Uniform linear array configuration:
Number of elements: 8
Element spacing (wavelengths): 0.75
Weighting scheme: hamming
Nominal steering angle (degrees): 60
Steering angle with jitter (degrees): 61.795
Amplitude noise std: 0.05
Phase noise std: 0.05

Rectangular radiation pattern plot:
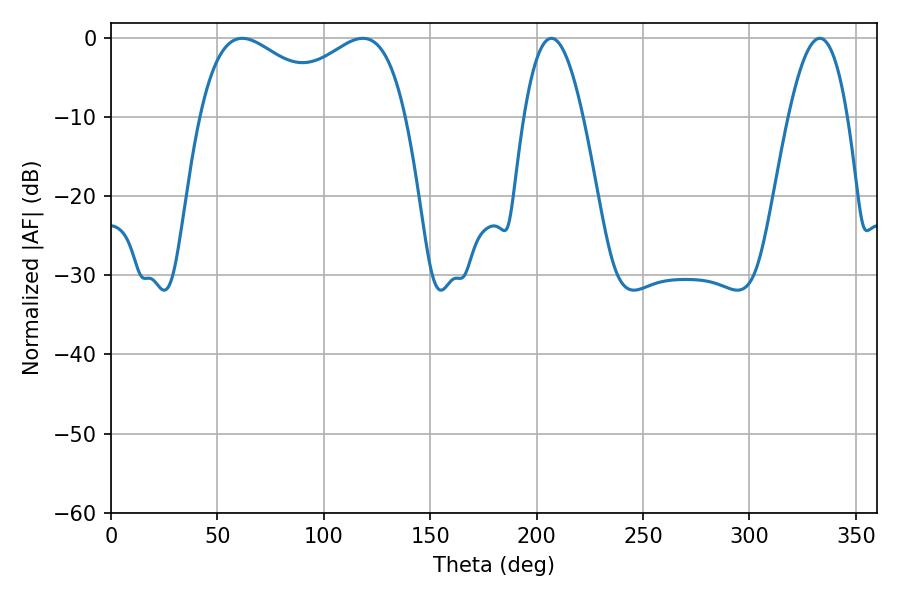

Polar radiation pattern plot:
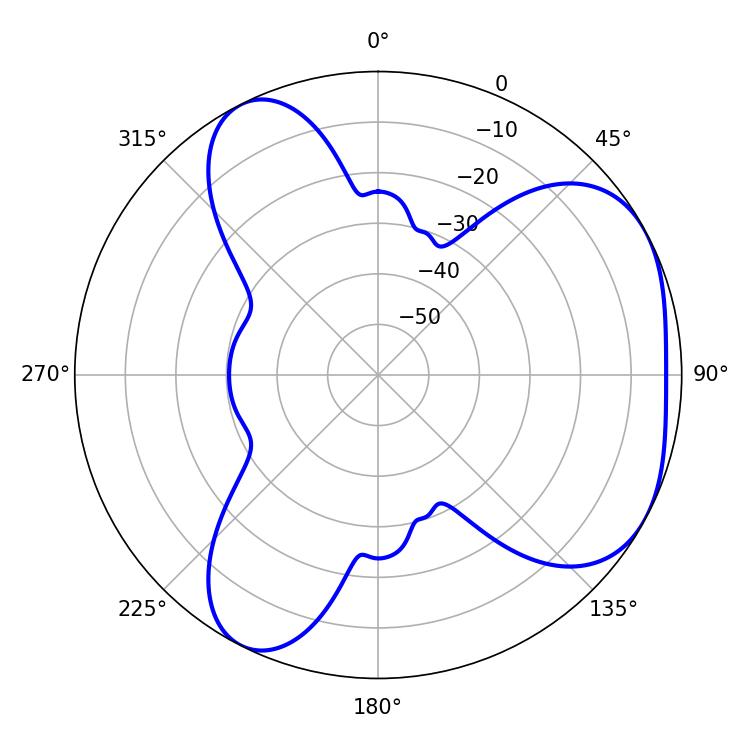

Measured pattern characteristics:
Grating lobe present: TRUE
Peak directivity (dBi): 4.237
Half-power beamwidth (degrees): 37.26
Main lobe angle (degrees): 61.74